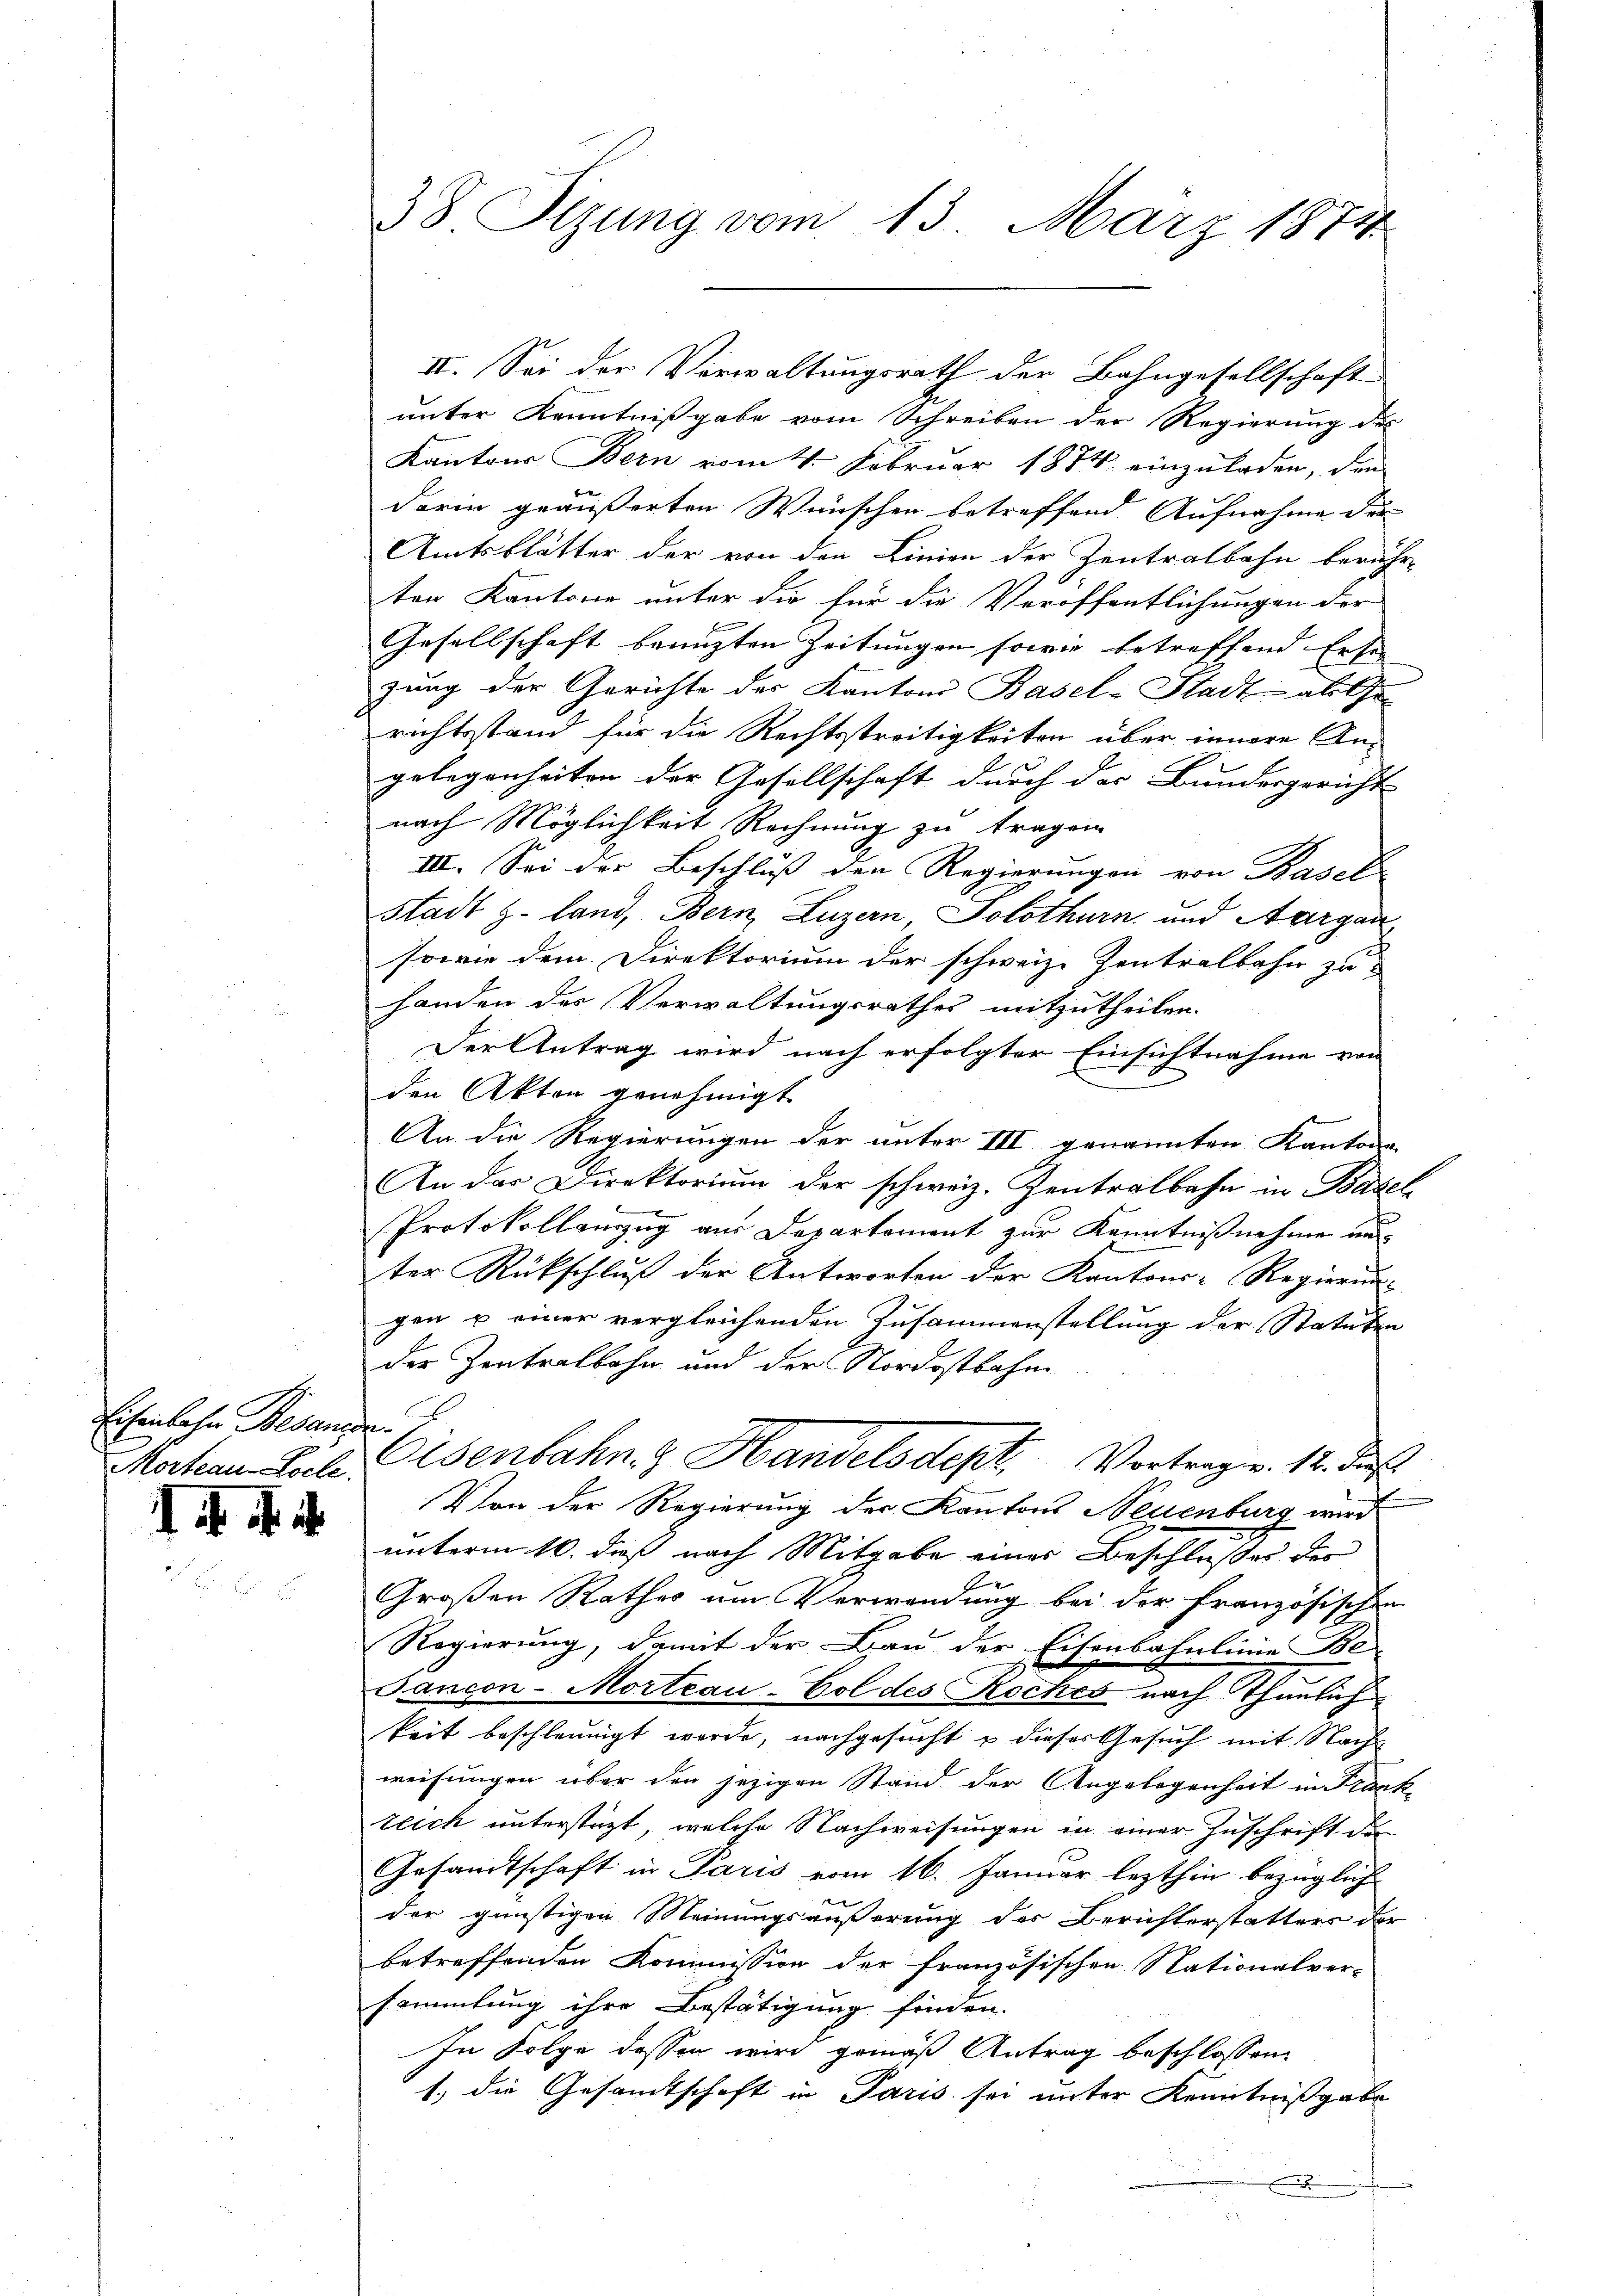
Eisenbahn Behande.
Morteau-Locle.

14. d. 4.

38 Sizung vom 13. März 1874

unter Kenntnißgabe vom Schreiben der Regierung des
Kantons Bern vom 4. Februar 1874 einzuladen, den
darin geäußerten Wünschen betreffend Aufnahme der |
Amtsblätter der von den Linien der Zentralbahn beruhr-
ton Kantone unter die für die Veröffentlichungen der
Gesellschaft beauften Zeitungen sowie betreffend Erse
zung der Gerichte der Kantons Basel-Stadt als Chr
richtsstand für die Rechtsstreitigkeiten über innere Angelegenheiten der Gesellschaft durch der Bundesgericht
nach Möglichkeit Rechnung zu tragen.
IIII. Sei der Beschluss den Regierungen von Basel
Stadt z. land, Bern, Luzern, Solothurn und Aargau
sowie dem Direktorium der schweiz. Zentralbahn zu
Handen des Verwaltungsrathes mitzutheilen.
Der Antrag wird nach erfolgter Einsichtnahme von
den Akten genehmigt.
An die Regierungen der unter III genannten Kantons
An das Direktorium der schweiz. Zentralbahn in Basel
Protokollauszug aus Departement zur Kenntnißnahme au
ter Rückschluß der Antworten der Kantons-Regierun-
gen u einer vergleichenden Zusammenstellung der Statuten
der Zentralbahn und der Nordostbahn
Osenbahn & Handelsdept. Vortragen. 12. Fe
Von der Regierung der Kantons Neuenburg wird
unterm 10. dieß nach Mitgabe einer Beschlußes der
Großen Rathes um Verwendung bei der französischen
Regierung, damit der Bau der Eisenbahnlinie Be-
Jancon-Morteau-Vol des Roches nach Thunlich
keit beschleunigt werde, nachgesucht u dieses Gesuch mit Nach
weisungen über den jezigen Stand der Angelegenheit in Frank
teich unterstüzt, welche Nachweisungen in einer Zuschrift der
Gesandtschaft in Paris vom 16. Januar lezthin bezüglich
der günstigen Meinungsäußerung der Berichterstatters der
betreffenden Kommission der französischen Stationalver-
sammlung ihre Bestätigung finden.
1
In Folge dessen wird gemäß Antrag beschlossen
1) die Gesamtschaft in Paris sei unter Kenntnißgabe
.

II. Sei der Verwaltungsrath der Bahngesellschaft